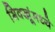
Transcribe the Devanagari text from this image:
भिक्खूंमध्ये